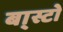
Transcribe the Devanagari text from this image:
बा्स्टो